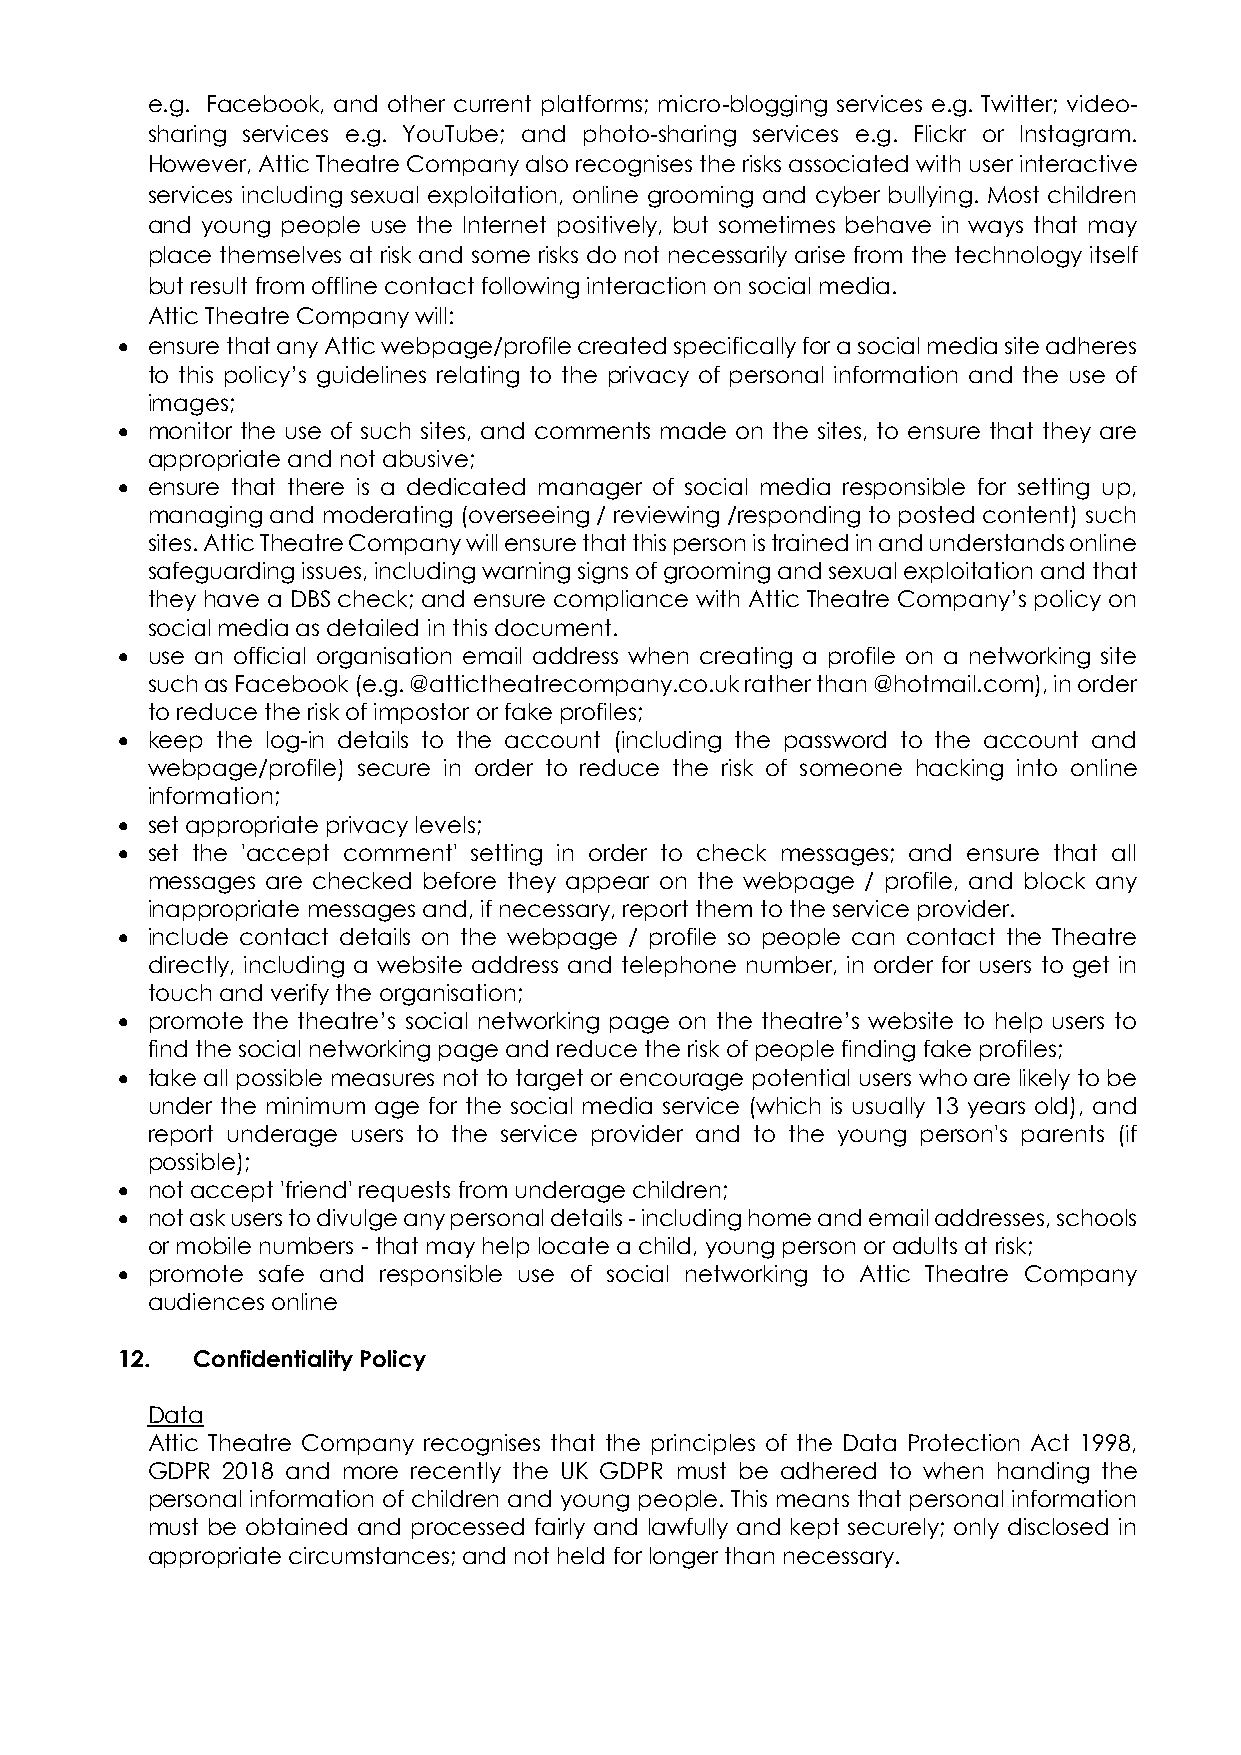
e.g. Facebook, and other current platforms; micro-blogging services e.g. Twitter; video-
 sharing services e.g. YouTube; and photo-sharing services e.g. Flickr or Instagram.
 However, Attic Theatre Company also recognises the risks associated with user interactive
 services including sexual exploitation, online grooming and cyber bullying. Most children
 and young people use the Internet positively, but sometimes behave in ways that may
 place themselves at risk and some risks do not necessarily arise from the technology itself
 but result from offline contact following interaction on social media.
 Attic Theatre Company will:
 • ensure that any Attic webpage/profile created specifically for a social media site adheres
 to this policy’s guidelines relating to the privacy of personal information and the use of
 images;
 • monitor the use of such sites, and comments made on the sites, to ensure that they are
 appropriate and not abusive;
 • ensure that there is a dedicated manager of social media responsible for setting up,
 managing and moderating (overseeing / reviewing /responding to posted content) such
 sites. Attic Theatre Company will ensure that this person is trained in and understands online
 safeguarding issues, including warning signs of grooming and sexual exploitation and that
 they have a DBS check; and ensure compliance with Attic Theatre Company’s policy on
 social media as detailed in this document.
 • use an official organisation email address when creating a profile on a networking site
 such as Facebook (e.g. @attictheatrecompany.co.uk rather than @hotmail.com), in order
 to reduce the risk of impostor or fake profiles;
 • keep the log-in details to the account (including the password to the account and
 webpage/profile) secure in order to reduce the risk of someone hacking into online
 information;
 • set appropriate privacy levels;
 • set the 'accept comment' setting in order to check messages; and ensure that all
 messages are checked before they appear on the webpage / profile, and block any
 inappropriate messages and, if necessary, report them to the service provider.
 • include contact details on the webpage / profile so people can contact the Theatre
 directly, including a website address and telephone number, in order for users to get in
 touch and verify the organisation;
 • promote the theatre’s social networking page on the theatre’s website to help users to
 find the social networking page and reduce the risk of people finding fake profiles;
 • take all possible measures not to target or encourage potential users who are likely to be
 under the minimum age for the social media service (which is usually 13 years old), and
 report underage users to the service provider and to the young person's parents (if
 possible);
 • not accept 'friend' requests from underage children;
 • not ask users to divulge any personal details - including home and email addresses, schools
 or mobile numbers - that may help locate a child, young person or adults at risk;
 • promote safe and responsible use of social networking to Attic Theatre Company
 audiences online
 12.  Confidentiality Policy
 Data
 Attic Theatre Company recognises that the principles of the Data Protection Act 1998,
 GDPR 2018 and more recently the UK GDPR must be adhered to when handing the
 personal information of children and young people. This means that personal information
 must be obtained and processed fairly and lawfully and kept securely; only disclosed in
 appropriate circumstances; and not held for longer than necessary.